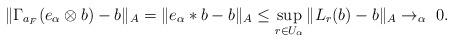
LaTeX: \begin{align*}\|\Gamma_{a_F}(e_\alpha\otimes b) - b\|_{A} = \| e_\alpha * b - b\|_{A} \leq \sup_{r \in U_\alpha} \|L_r(b) - b\|_A \rightarrow_\alpha \ 0.\end{align*}